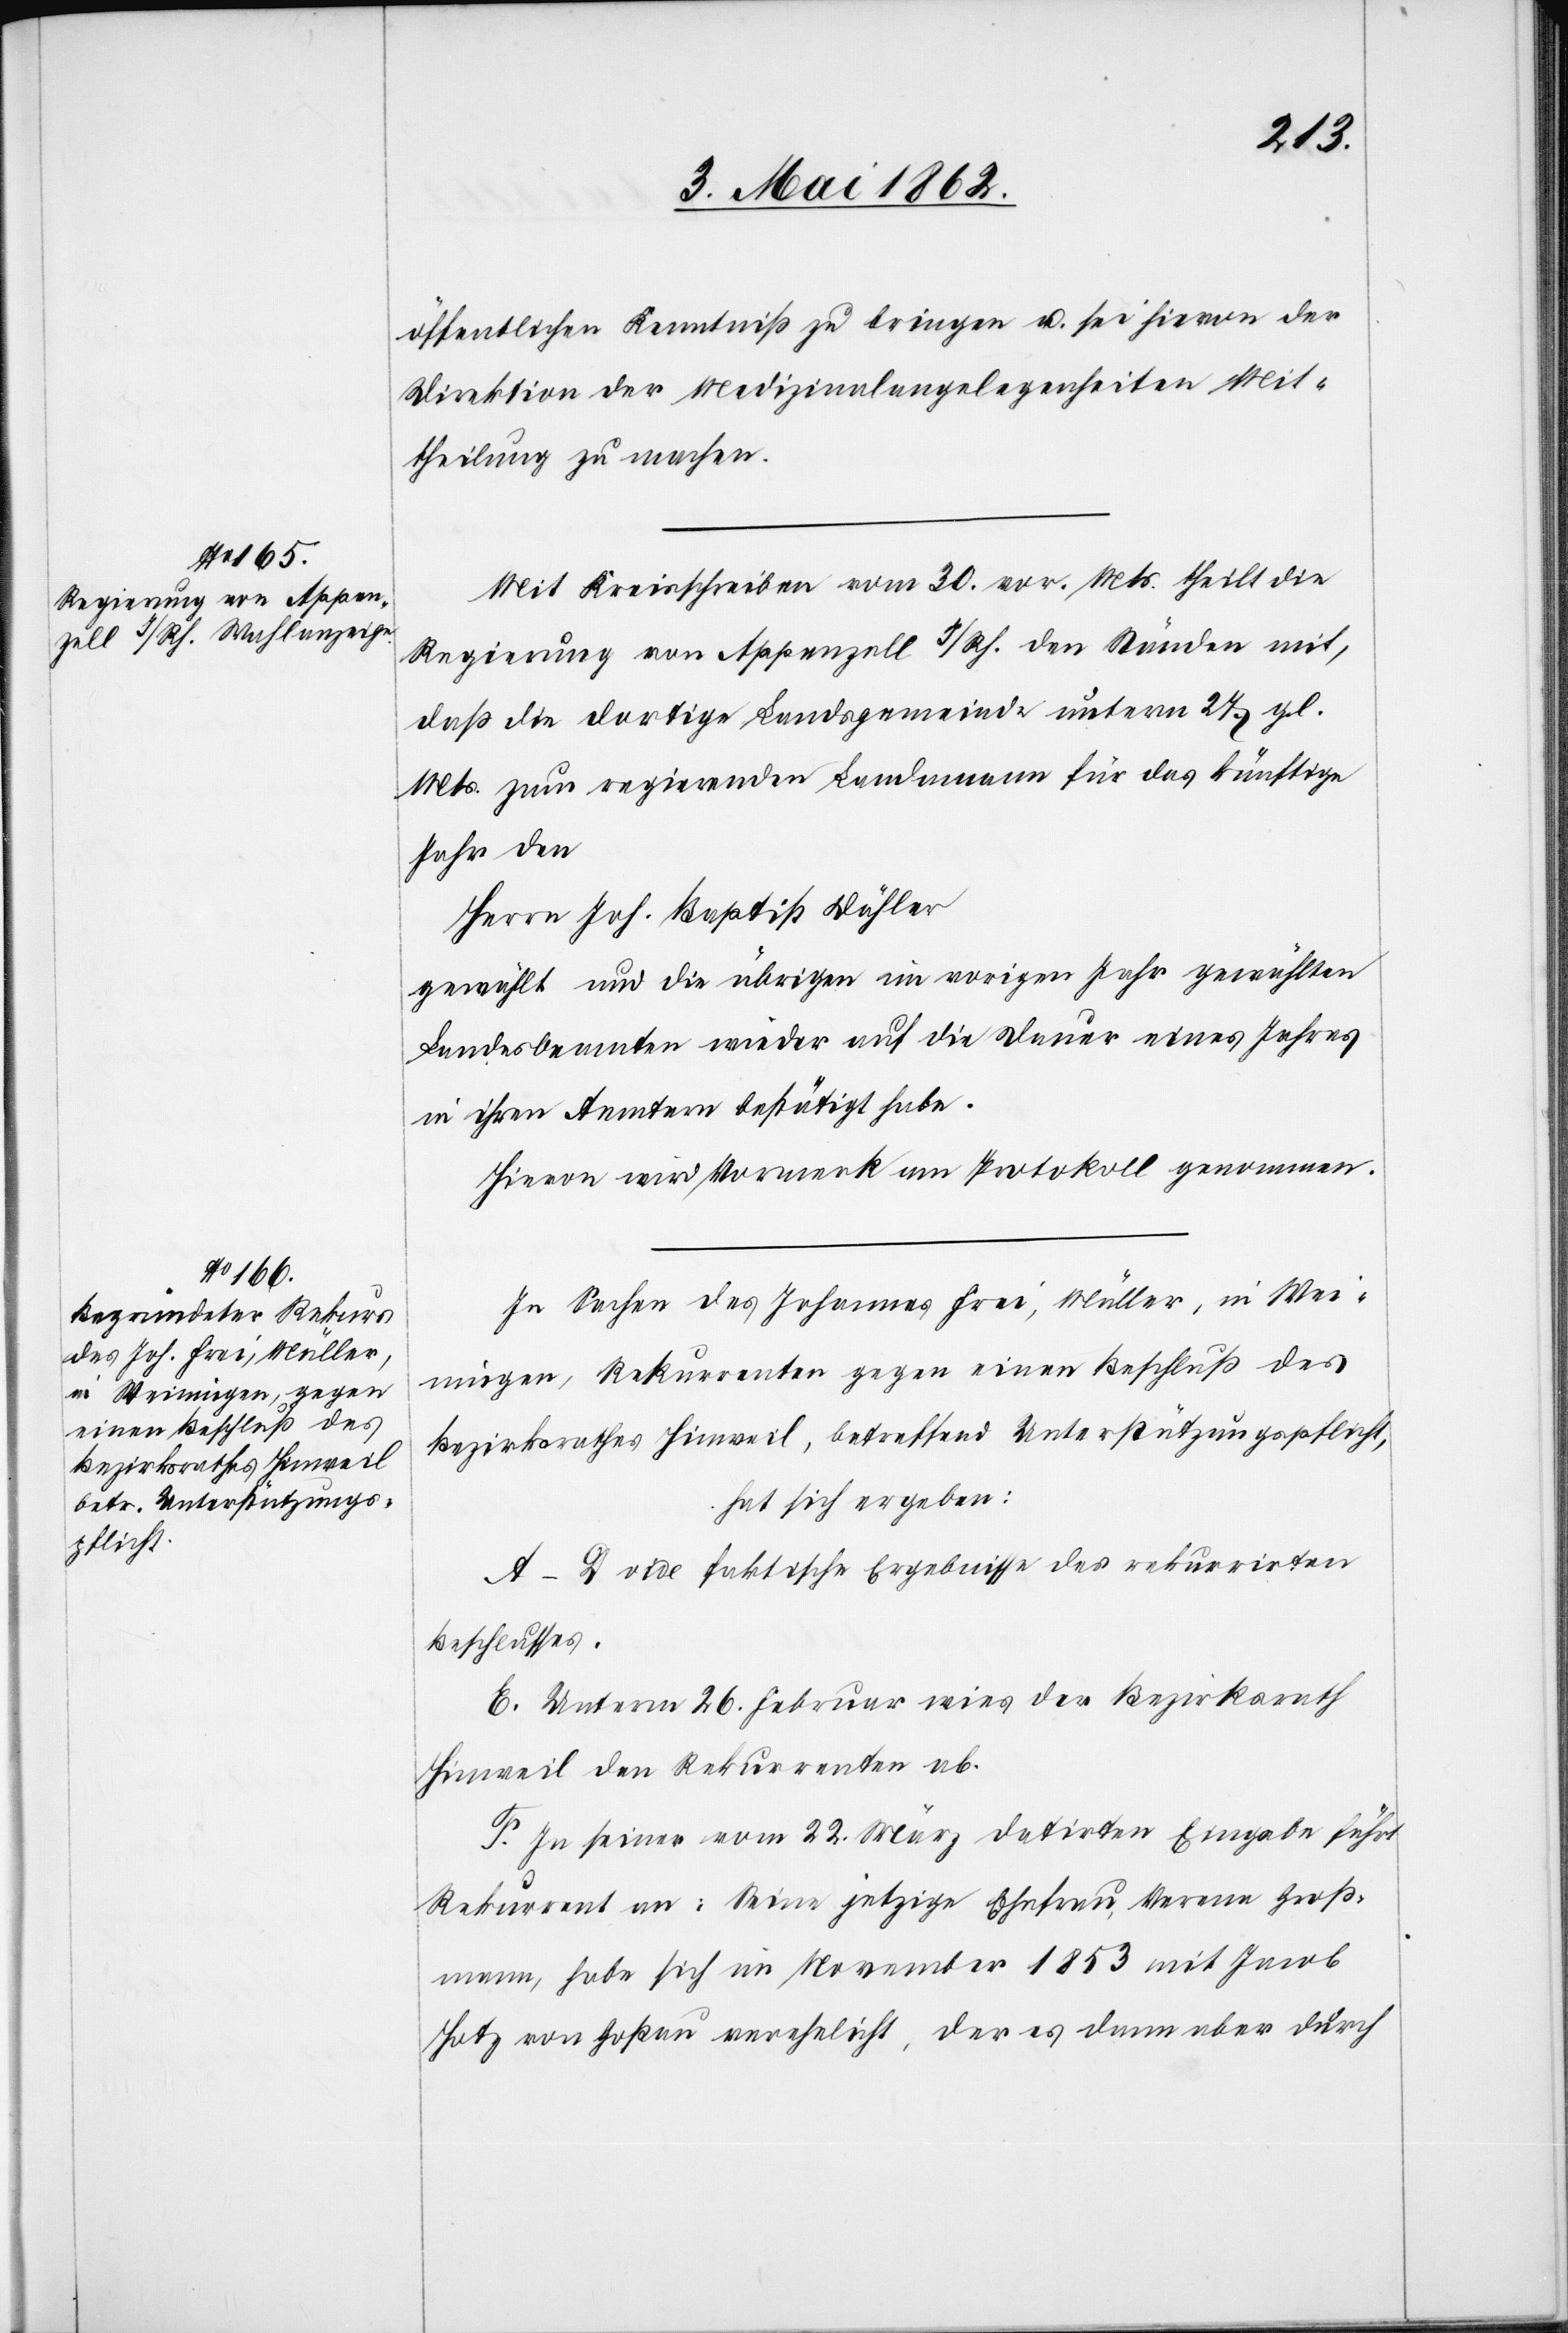
öffentlichen Kenntniß zu bringen u. sei hievon der
Direktion der Medizinalangelegenheiten Mit¬
theilung zu machen.
Mit Kreisschreiben vom 30. vor. Mts. theilt die
Regierung von Appenzell I/Rh. den Ständen mit,
daß die dortige Landsgemeinde unterm 27. gl.
Mts. zum regierenden Landammann für das künftige
Jahr den
Herrn Joh. Baptist Dähler
gewählt und die übrigen im vorigen Jahr gewählten
Landsbeamten wieder auf die Dauer eines Jahres
in ihren Aemtern bestätigt habe.
Hievon wird Vormerk am Protokoll genommen.
In Sachen des Johannes Frei, Müller, in Wei¬
ningen, Rekurrenten gegen einen Beschluß des
Bezirksrathes Hinweil, betreffend Unterstützungspflicht,
hat sich ergeben:
A–D vide faktische Ergebnisse des rekurrirten
Beschlusses.
E. Unterm 26. Februar wies der Bezirksrath
Hinweil den Rekurrenten ab.
F. In seiner vom 22. März datirten Eingabe führt
Rekurrent an: Seine jetzige Ehefrau, Verena Groß¬
mann, habe sich im November 1853 mit Jacob
Hotz von Goßau verehelicht, der es dann aber durch